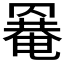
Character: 𦌌